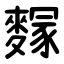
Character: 䴿